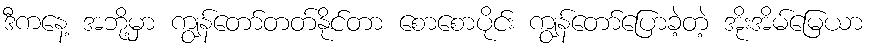
ဒီကနေ့ အဘို့မှာ ကျွန်တော်တတ်နိုင်တာ စောစောပိုင်း ကျွန်တော်ပြောခဲ့တဲ့ အိုးအိမ်မြေယာ